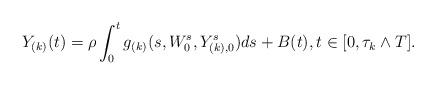
LaTeX: \begin{align*} Y_{(k)}(t)=\rho \int_0^t g_{(k)}(s, W_0^s, Y_{(k), 0}^s) ds +B(t), t \in [0, \tau_k \wedge T].\end{align*}